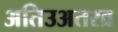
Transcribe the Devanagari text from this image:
अतिउअतरव्र